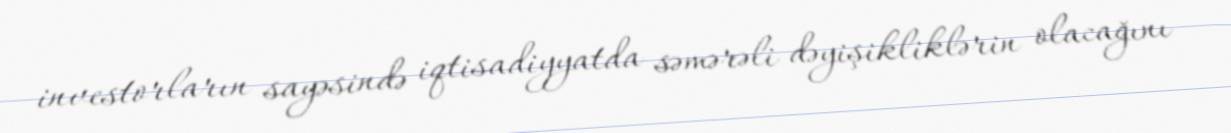
investorların sayəsində iqtisadiyyatda səmərəli dəyişikliklərin olacağını